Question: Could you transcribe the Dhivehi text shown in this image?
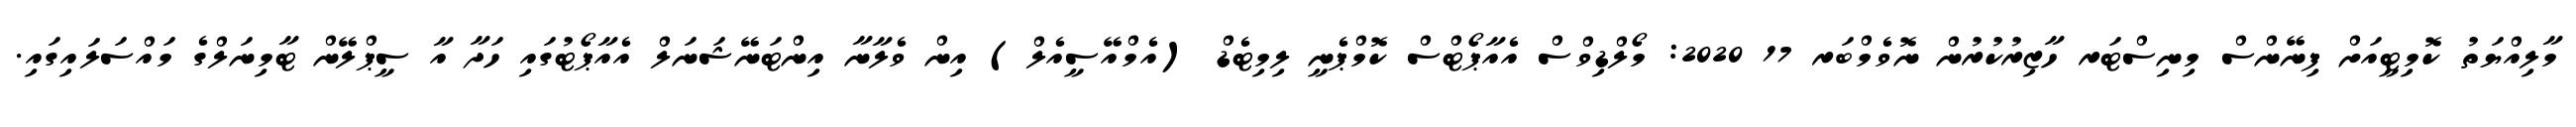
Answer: މާލިއްޔަތު ކޮމިޓީއަށް ފިނޭންސް މިނިސްޓަރ ހާޒިރުކުރުން ނޮވެމްބަރ 17 2020: މޯލްޑިވްސް އެއާޕޯޓްސް ކޮމްޕެނީ ލިމިޓެޑް (އެމްއޭސީއެލް) އިން ވެލާނާ އިންޓަނޭޝަނަލް އެއާޕޯޓުގައި ހަދާ އާ ސީޕްލޭން ޓާމިނަލްގެ މައްސަލައިގައި.